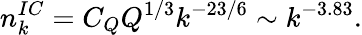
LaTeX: n_{k}^{IC}=C_{Q}Q^{1/3}k^{-23/6}\sim k^{-3.83}.